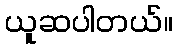
ယူဆပါတယ်။